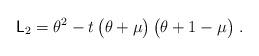
LaTeX: \begin{align*} \mathsf{L}_2 = \theta^2 - t \, \big(\theta + \mu\big) \, \big(\theta + 1 -\mu\big) \;.\end{align*}